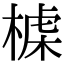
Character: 𣖪